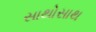
સાથોસાથ